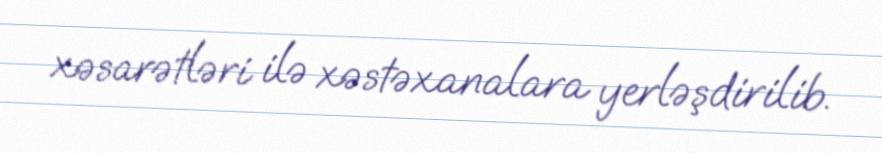
xəsarətləri ilə xəstəxanalara yerləşdirilib.